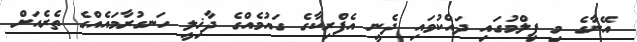
އޭނާގެ މި ފިލްމުގައި ދައްކުވައި ދެނީ އެފްރިކާގެ ގައުމެއްގެ ދާޚިލީ ހަނގުރާމައެއްގެ ތެރެއަށް